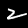
Digit: 2